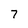
Character: 7